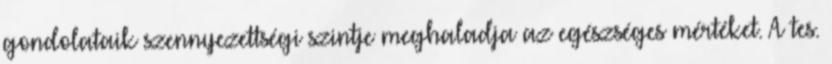
gondolataik szennyezettségi szintje meghaladja az egészséges mértéket. A tes.